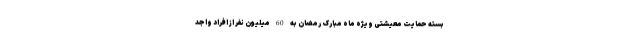
بسته حمایت معیشتی ویژه ماه مبارک رمضان به 60 میلیون نفر از افراد واجد